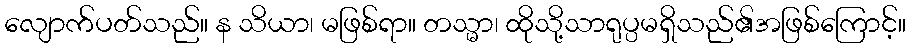
လျောက်ပတ်သည်။ န သိယာ၊ မဖြစ်ရာ။ တသ္မာ၊ ထိုသို့သာရုပ္ပမရှိသည်၏အဖြစ်ကြောင့်။